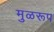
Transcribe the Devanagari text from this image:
मुळरूप